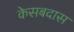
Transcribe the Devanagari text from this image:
केसबदास